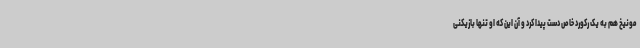
مونیخ هم به یک رکورد خاص دست پیدا کرد و آن این که او تنها بازیکنی